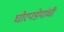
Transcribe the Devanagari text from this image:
घोरपडेयांची